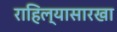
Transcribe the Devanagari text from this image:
राहिल्यासारखा